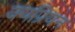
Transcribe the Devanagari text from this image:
क्यप्रियन